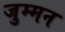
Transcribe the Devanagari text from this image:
जुम्मन